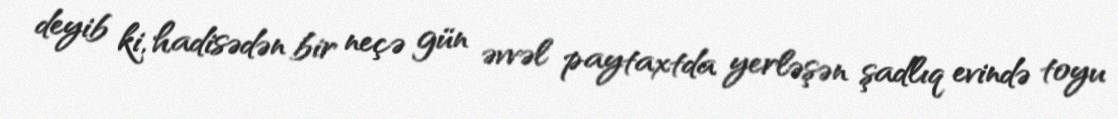
deyib ki, hadisədən bir neçə gün əvvəl paytaxtda yerləşən şadlıq evində toyu